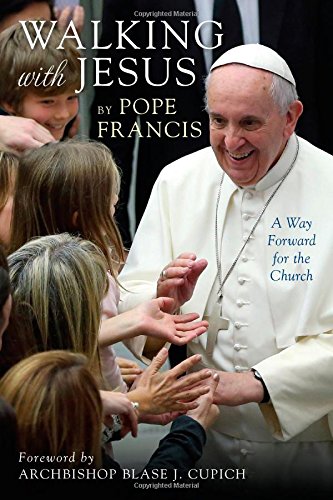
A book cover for Walking with Jesus: A Way Forward for the Church; Pope Francis; Christian Books & Bibles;